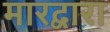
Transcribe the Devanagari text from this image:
मारद्वारा